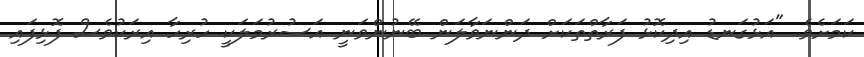
ކަމަށެވެ. "އަޅުގަނޑު އިދިކޮޅު ފަރާތްތަކަށް ދަންނަވާލަން ބޭނުންވަނީ އަސުރުމަލަކީ ހުރިހާ އިރަކުވެސް ފޮޅިފައި